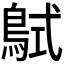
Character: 𪀸